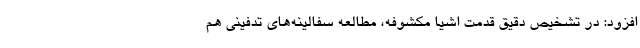
افزود: در تشخیص دقیق قدمت اشیا مکشوفه، مطالعه سفالینه‌های تدفینی هم